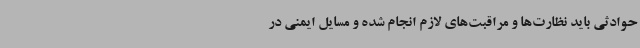
حوادثی باید نظارت‌ها و مراقبت‌های لازم انجام شده و مسایل ایمنی در